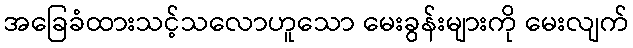
အခြေခံထားသင့်သလောဟူသော မေးခွန်းများကို မေးလျက်